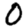
Digit: 0